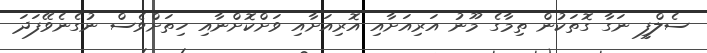
ސެލްފީ ނަގާ ގޮތަކުން ތިމާގެ މޫނު އަރިއަށާއި އޮރިއަށާއި ވަށްކޮށްނާއި ހިތަށްވެސް ނުގެނެވޭފަދަ